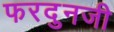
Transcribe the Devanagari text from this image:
फरदुनजी